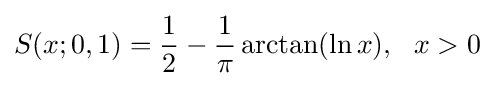
S(x;0,1)={\frac {1}{2}}-{\frac {1}{\pi }}\arctan(\ln x),\ \ x>0